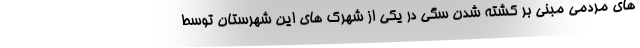
های مردمی مبنی بر کشته شدن سگی در یکی از شهرک های این شهرستان توسط